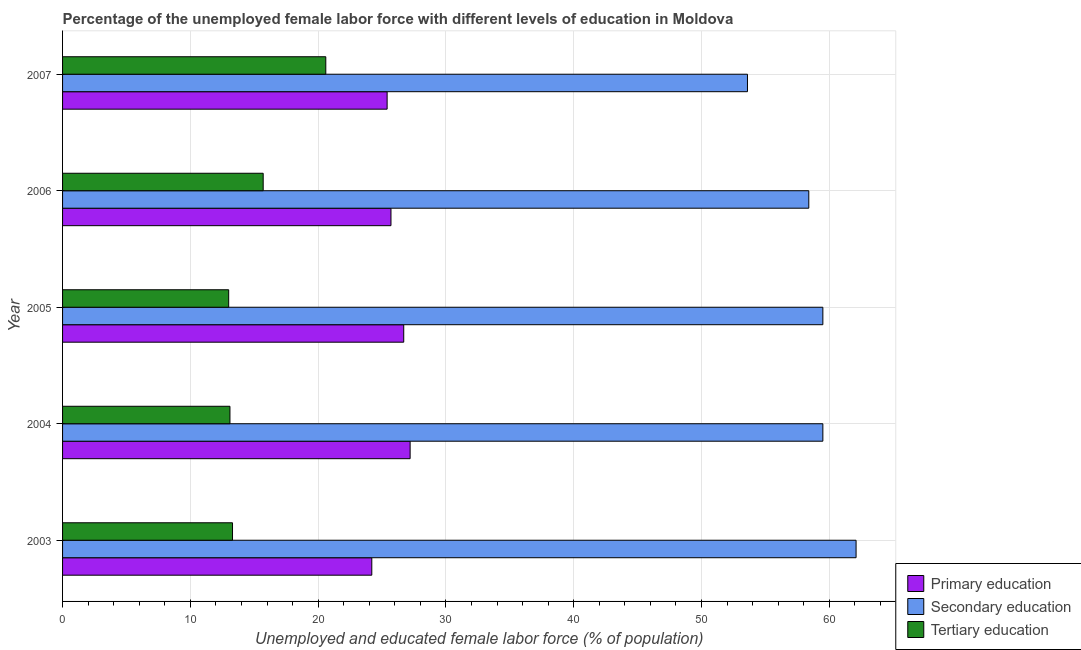
| Year | Primary education | Secondary education | Tertiary education |
 | --- | --- | --- | --- |
 | 2003 | 24.2 | 62.1 | 13.3 |
 | 2004 | 27.2 | 59.5 | 13.1 |
 | 2005 | 26.7 | 59.5 | 13 |
 | 2006 | 25.7 | 58.4 | 15.7 |
 | 2007 | 25.4 | 53.6 | 20.6 |